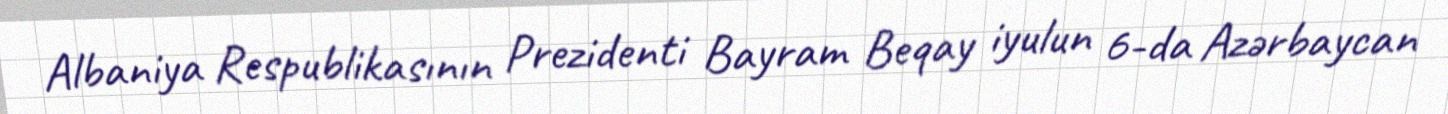
Albaniya Respublikasının Prezidenti Bayram Beqay iyulun 6-da Azərbaycan